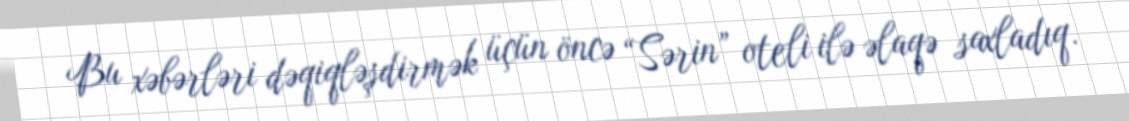
Bu xəbərləri dəqiqləşdirmək üçün öncə “Sərin” oteli ilə əlaqə saxladıq.